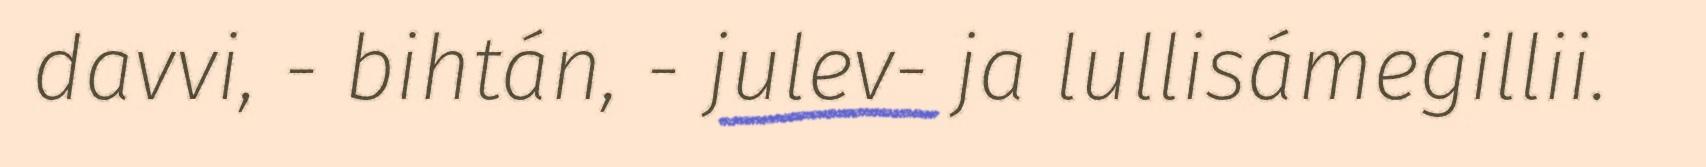
davvi, - bihtán, - julev- ja lullisámegillii.